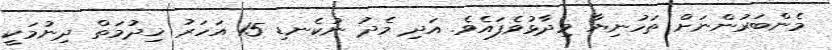
މެންބަރުންނަށް ތަހުނިޔާ ވިދާޅުވެފައެވެ. އަދި މެދު ނުކެނޑި 15 އަހަރު ޚިދުމަތް ދިނުމަކީ